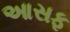
આસફ